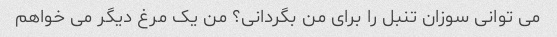
می توانی سوزان تنبل را برای من بگردانی؟ من یک مرغ دیگر می خواهم